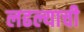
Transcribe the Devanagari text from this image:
लढल्याची